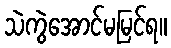
သဲကွဲအောင်မမြင်ရ။